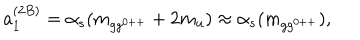
a _ { 1 } ^ { ( 2 B ) } = \alpha _ { s } ( m _ { g g ^ { 0 + + } } + 2 m _ { u } ) \approx \alpha _ { s } ( m _ { g g ^ { 0 + + } } ) ,